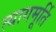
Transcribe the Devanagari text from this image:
त्यागमूर्ति